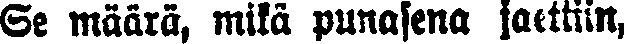
Se määrä, mikä punasena jaettiin,